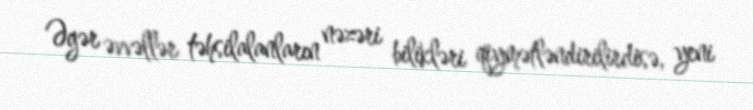
Əgər əvvəllər təhsilalanların nəzəri bilikləri qiymətləndirilirdisə, yeni